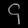
Digit: ၄